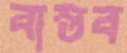
বাস্তব